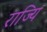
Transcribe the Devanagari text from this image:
राज्यि